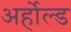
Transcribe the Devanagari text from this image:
अर्होल्ड